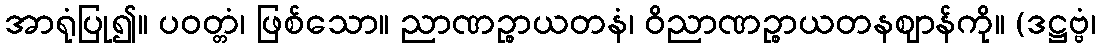
အာရုံပြု၍။ ပဝတ္တံ၊ ဖြစ်သော။ ညာဏဉ္စာယတနံ၊ ဝိညာဏဉ္စာယတနဈာန်ကို။ (ဒဋ္ဌဗ္ဗံ၊